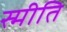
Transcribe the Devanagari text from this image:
स्मीति